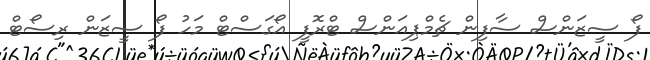
ފޯ ސީޒަންސް ސާފިން ޗެމްޕިއަންސް ޓްރޮފީ އޯގަސްޓް މަހު ފޯ ސީޒަން ރިސޯޓް